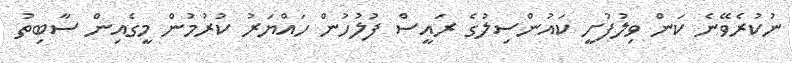
ނުކުރެވޭނެ ކަން ވިލުފުށީ ކައުންސިލުގެ ރައީސް ފުލުހުން ހައްޔަރު ކުރުމުން މީގެއިން ސާބިތު